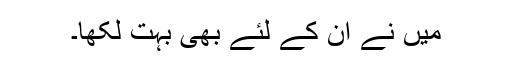
مَیں نے اُن کے لئے بھی بہت لکھا۔